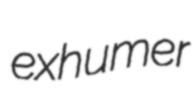
exhumer